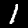
Label: 1